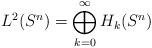
LaTeX: \begin{align*} L^2(S^n)=\bigoplus_{k=0}^\infty H_k(S^n)\end{align*}